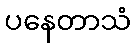
ပနေတာသံ